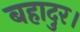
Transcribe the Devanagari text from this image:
बहादुर।